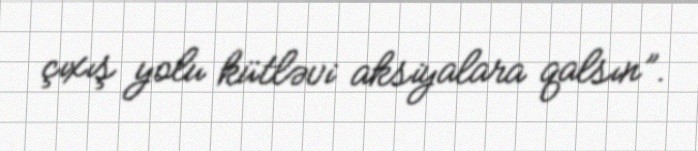
çıxış yolu kütləvi aksiyalara qalsın”.